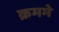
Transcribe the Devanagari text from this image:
क्रममे